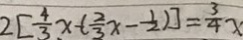
2 [ \frac { 4 } { 3 } x - ( \frac { 2 } { 3 } x - \frac { 1 } { 2 } ) ] = \frac { 3 } { 4 } x